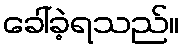
ခေါ်ခဲ့ရသည်။